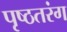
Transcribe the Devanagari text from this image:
पृष्ठतरंग